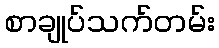
စာချုပ်သက်တမ်း